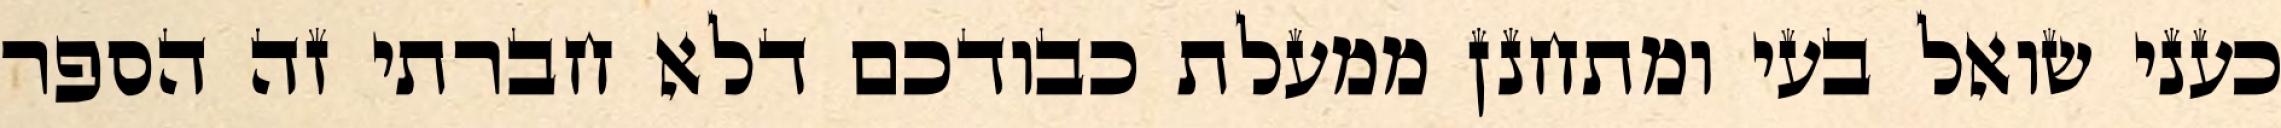
כעני שואל בעי ומתחנן ממעלת כבודכם דלא חברתי זה הספר